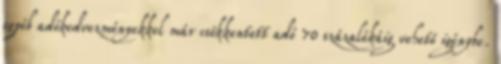
egyéb adókedvezményekkel már csökkentett adó 70 százalékáig vehető igénybe.